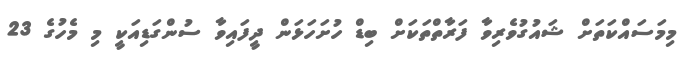
މިމަސައްކަތަށް ޝައުގުވެރިވާ ފަރާތްތަކަށް ބިޑް ހުށަހަޅަން ދީފައިވާ ސުންގަޑިއަކީ މި މެހުގެ 23